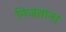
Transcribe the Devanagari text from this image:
निजताना